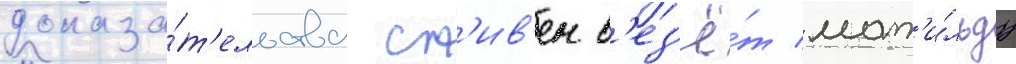
доказа́т'ельства ст'ив'ен в'ез'ё́т мат'и́льду